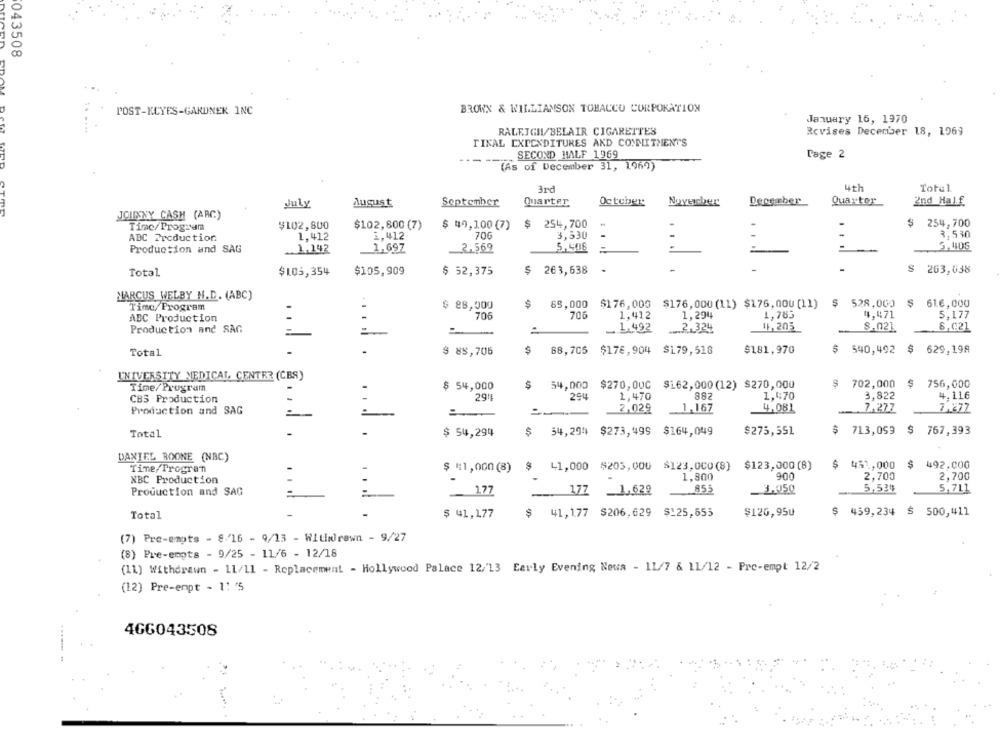
043508
POST-KCYFS-GARDNER INC
BROWN & WILLIAMSON TOBACCO CORPORATION
January 16, 1970
RALEIGH/BELAIR CIGARETTES
Rcvises December 18, 1969
TINAL EXPENDITURES AND COMMITMENT'S
---
SECOND HALF 1969
Tage 2
(As of December 31, 1969)
3rd
4th
Total
August
September
Quarter
October
Noyerber
December
Quarter
2nd Half
July
JOHNNY CASH (ABC)
$102,800
$102,600 (7)
$ 49,100 (7)
$ 254,700
-
$ 254,700
Time/Program
ADC Production.
1.412
1,412
70G
3,530
3,530
1,697
2.569
5,506
-
Production and SAG
.. 1,142
$105,909
$ 263,638
.
$ 263,038
Total
$103,354
$ 52,375
MARCUS WELBY N.D. (ABC)
Timo/Program
$ 88,000
$
85,000 $176,000 $176,000(11) $176,000 [11)
$ 528,000 $ 616,000
706
706
1,412
1,294
1,783
4,471
5,177
ABC Production
Production and SAG
_. 1.492
.... 2.324
41,205
8.021.
8,021
Total
.
$ 85,706
$
88,705
$176,904 $179,518
$181,970
$ 540,492 $ 629,198
UNIVERSITY MEDICAL CENTER (CES)
Time/Program
$ 54,000
$
54,000 $270,000 $162,000(12) $270,000
$ 702,000
$ 756,000
29!E
294
1,470
882
1,470
3,822
4,116
CBS Production
Production and SAG
2,029
1, 167
4.081
7,277
7.877
Total
$ 54,294
$ 54,294 $273,499 $164,049
$275,551
$ 713,059 $ 767,393
DANIEL BOONE (NAC)
$ 41,000 $205,000 $123,000(8) $123,000 (8)
$ 451,000
$ 492.000
Tine/Programn
$ =1,000 (8)
NBC Production
1,800
900
2,700
2,700
5,7L1
Production and SAG
1.77
--- 177
1.629
855
_3,050
-
.... ...
Total
$ 41,177
$ 41,177 $206,629 $125,655
$126,950
$ 459,234 $ 500,411
(7) Pre-emots - 8/16 - 9/13 - Withdrawn - 9/27
(8) Pre-empts - 9/25 - 11/6 - 12/18
(11) Withdrawn - 11/11 - Replacement - Hollywood Palace 12/13 Early Evening Nowa - 11/7 & 11/12 - Pre-empt 12/2
(12) Pre-empt - 1: '5
466043508